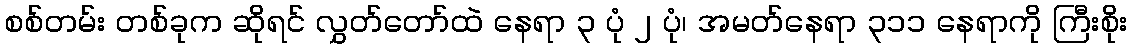
စစ်တမ်း တစ်ခုက ဆိုရင် လွှတ်တော်ထဲ နေရာ ၃ ပုံ ၂ ပုံ၊ အမတ်နေရာ ၃၁၁ နေရာကို ကြီးစိုး